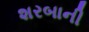
શરબાની